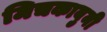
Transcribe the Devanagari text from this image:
मिचकावुनी